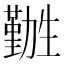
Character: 𫦽